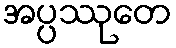
အပ္ပဿုတေ